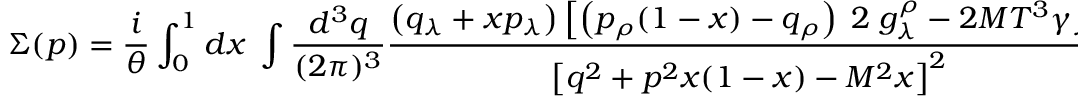
\Sigma ( p ) = { \frac { i } { \theta } } \int _ { 0 } ^ { 1 } d x \; \int { \frac { d ^ { 3 } q } { ( 2 \pi ) ^ { 3 } } } { \frac { \left( q _ { \lambda } + x p _ { \lambda } \right) \left[ \left( p _ { \rho } ( 1 - x ) - q _ { \rho } \right) \; 2 \; g _ { \lambda } ^ { \rho } - 2 M T ^ { 3 } \gamma _ { \lambda } \right] } { \left[ q ^ { 2 } + p ^ { 2 } x ( 1 - x ) - M ^ { 2 } x \right] ^ { 2 } } }